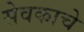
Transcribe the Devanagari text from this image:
सेवकाचे